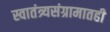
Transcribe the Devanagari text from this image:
स्वातंत्र्यसंग्रामातही